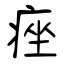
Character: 痤